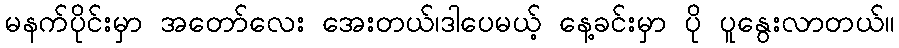
မနက်ပိုင်းမှာ အတော်လေး အေးတယ်၊ဒါပေမယ့် နေ့ခင်းမှာ ပို ပူနွေးလာတယ်။